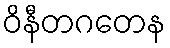
ဝိနီတဂတေန